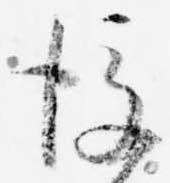
後